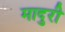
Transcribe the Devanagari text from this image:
मादुरी